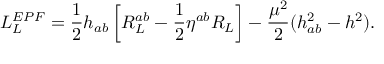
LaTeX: { \cal L } _ { L } ^ { E P F } = \frac { 1 } { 2 } h _ { a b } \left[ R _ { L } ^ { a b } - \frac { 1 } { 2 } \eta ^ { a b } R _ { L } \right] - \frac { \mu ^ { 2 } } { 2 } ( h _ { a b } ^ { 2 } - h ^ { 2 } ) .